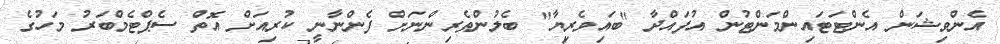
އެންވިޝަން އެންޓަޓައިންމަންޓުން އުފައްދާ "ބައިވެރިޔާ" ބެލުންތެރިންނަށް ފެންނާނީ ކުރިއަށް އޮތް ސެޕްޓެމްބަރު މަހުގެ